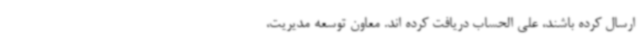
ارسال کرده باشند، علی الحساب دریافت کرده اند. معاون توسعه مدیریت،